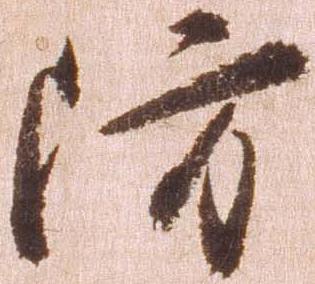
防